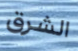
الشرق